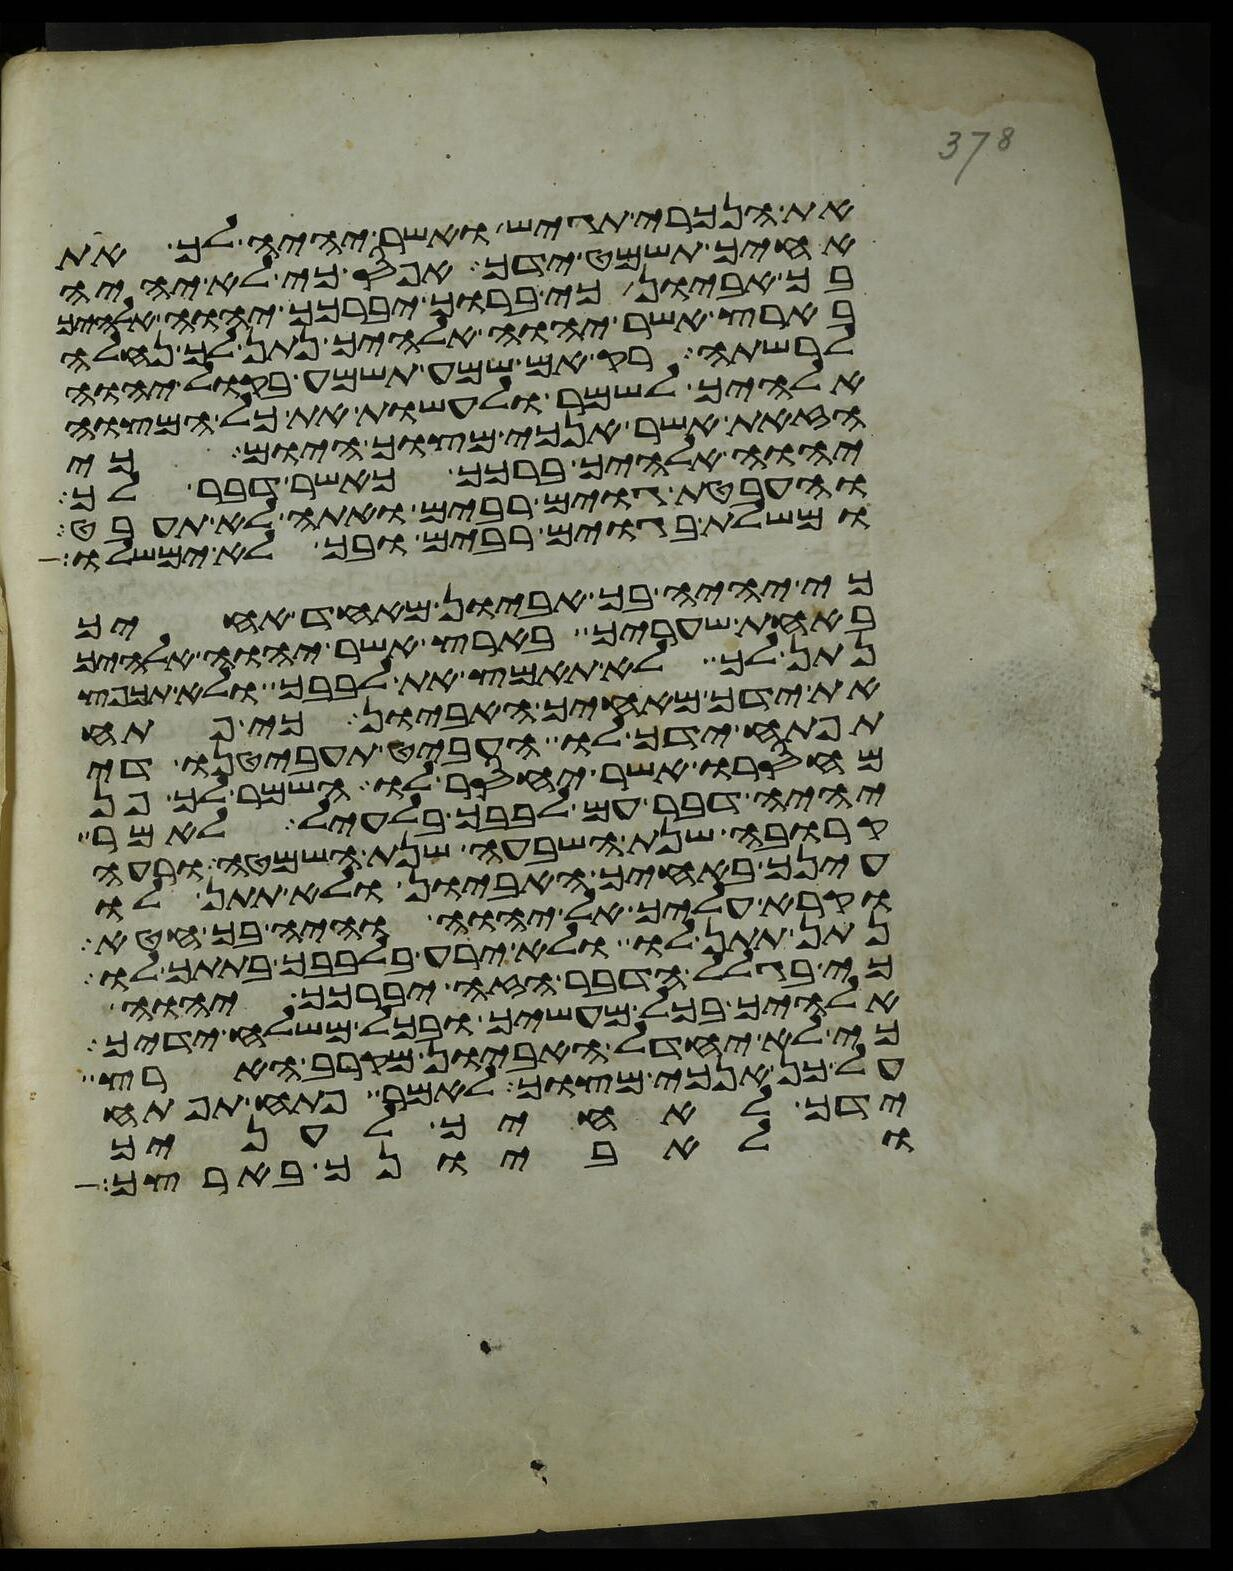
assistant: את הנכרי תגש ואשר יהיה לך את
אחיך תשמט ידך אפס כי לא יהיה
בך אביון כי ברוך יברכך יהוה אלהיך
בארץ אשר יהוה אלהיך נתן לך נחלה
לרשתה רק אם שמע תשמע בקול יהוה
אלהיך לשמר לעשות את כל המצוה
הזאת אשר אנכי מצוך היום כי
יהוה אלהיך ברכך כאשר דבר לך
והעבטת גוים רבים ואתה לא תעבט
ומשלת בגוים רבים ובך לא ימשלו
כי יהיה בך אביון מאחד אחיך
באחת שעריך בארץ אשר יהוה אלהיך
נתן לך לא תאמץ את לבבך ולא תכפץ
את ידך מאחיך האביון כי פתח
תפתח ידך לו העביט תעביטנו די
מחסרו אשר יחסר לו השמר לך פן
יהיה דבר עם לבבך בלעיל לאמר
קרובה שנת השבעה שנת השמטה ורעה
עינך באחיך האביון ולא תתן לו
וקרא עליך אל יהוה והיה בך חטא
נתן תתן לו ולא ירע בלבבך בתתך לו
כי בגלל הדבר הזה יברכך יהוה
אלהיך בכל מעשיך ובכל משלח ידיך
כי לא יחדל האביון מקרב הארץ
על כן אנכי מצוך לאמר פתח תפתח
ידך לאחיך לעניך
ולאביונך בארצך